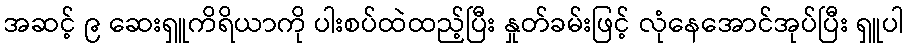
အဆင့် ၉ ဆေးရှူကိရိယာကို ပါးစပ်ထဲထည့်ပြီး နှုတ်ခမ်းဖြင့် လုံနေအောင်အုပ်ပြီး ရှူပါ